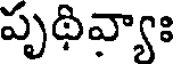
పృథివ్యాః